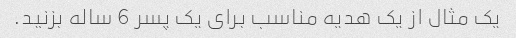
یک مثال از یک هدیه مناسب برای یک پسر 6 ساله بزنید.